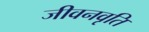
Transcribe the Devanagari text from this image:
जीवनवृति